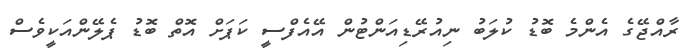
ރާއްޖޭގެ އެންމެ ބޮޑު ކުލަބު ނިއުރޭޑިއަންޓުން އޭއެފްސީ ކަޕަށް އޮތް ބޮޑު ޕެލޭންއަކީވެސް